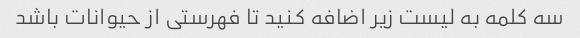
سه کلمه به لیست زیر اضافه کنید تا فهرستی از حیوانات باشد